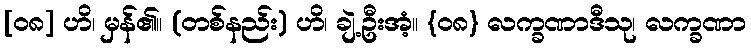
[၀၈] ဟိ၊ မှန်၏။ (တစ်နည်း) ဟိ၊ ချဲ့ဦးအံ့။ {၀၈} လက္ခဏာဒီသု၊ လက္ခဏာ